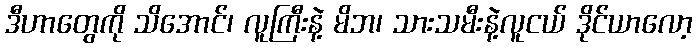
ဒီဟာတွေကို သိအောင်၊ လူကြီးနဲ့ မိဘ၊ သားသမီးနဲ့လူငယ် ဒိုင်ယာလော့